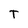
Character: T